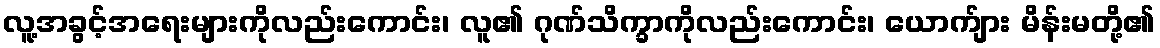
လူ့အခွင့်အရေးများကိုလည်းကောင်း၊ လူ၏ ဂုဏ်သိက္ခာကိုလည်းကောင်း၊ ယောက်ျား မိန်းမတို့၏